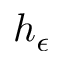
h _ { \epsilon }